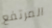
المرتفع